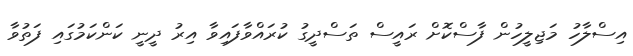
އިސްލާހު މަޖިލީހުން ފާސްކޮށް ރައީސް ތަސްދީގު ކުރައްވާފައިވާ އިރު ދީނީ ކަންކަމުގައި ފަތުވާ